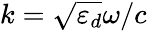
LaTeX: k=\sqrt{\varepsilon_{d}}\omega/c